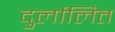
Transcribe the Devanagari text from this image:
दुर्लालित